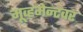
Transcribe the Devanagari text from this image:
मूव्हमेन्टवर